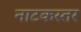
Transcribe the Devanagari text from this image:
नाटकस्तर